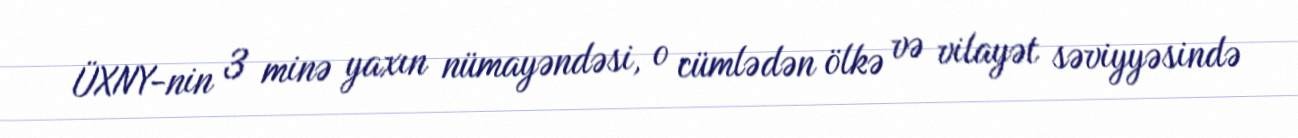
ÜXNY-nin 3 minə yaxın nümayəndəsi, o cümlədən ölkə və vilayət səviyyəsində